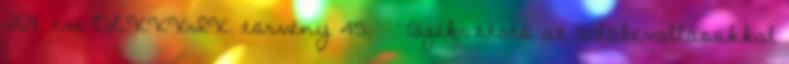
2011. évi CLXXXIX. törvény 45. § Tájékoztató az adóbevallásokkal